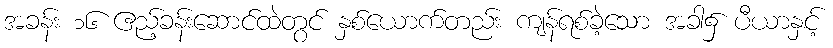
အခန်း ၁၆ ဧည့်ခန်းဆောင်ထဲတွင် နှစ်ယောက်တည်း ကျန်ရစ်ခဲ့သော အခါ၌ ပီယာနှင့်